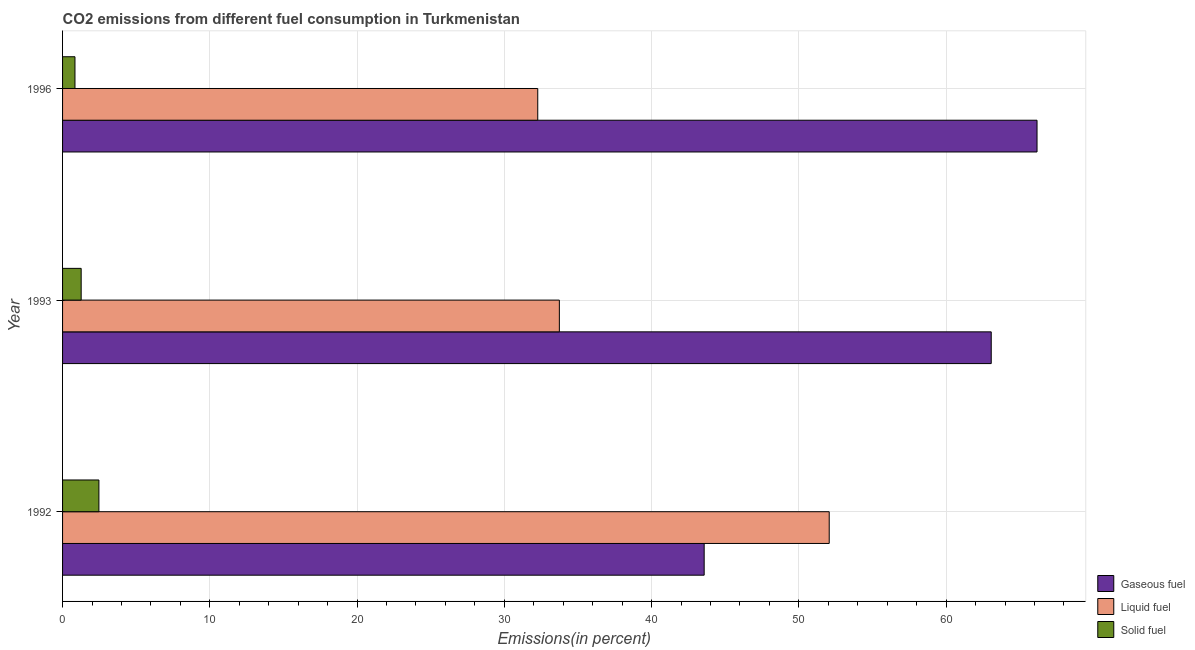
| Year | Gaseous fuel | Liquid fuel | Solid fuel |
 | --- | --- | --- | --- |
 | 1992 | 43.6 | 52.1 | 2.47 |
 | 1993 | 63.1 | 33.7 | 1.26 |
 | 1996 | 66.2 | 32.3 | 0.842 |